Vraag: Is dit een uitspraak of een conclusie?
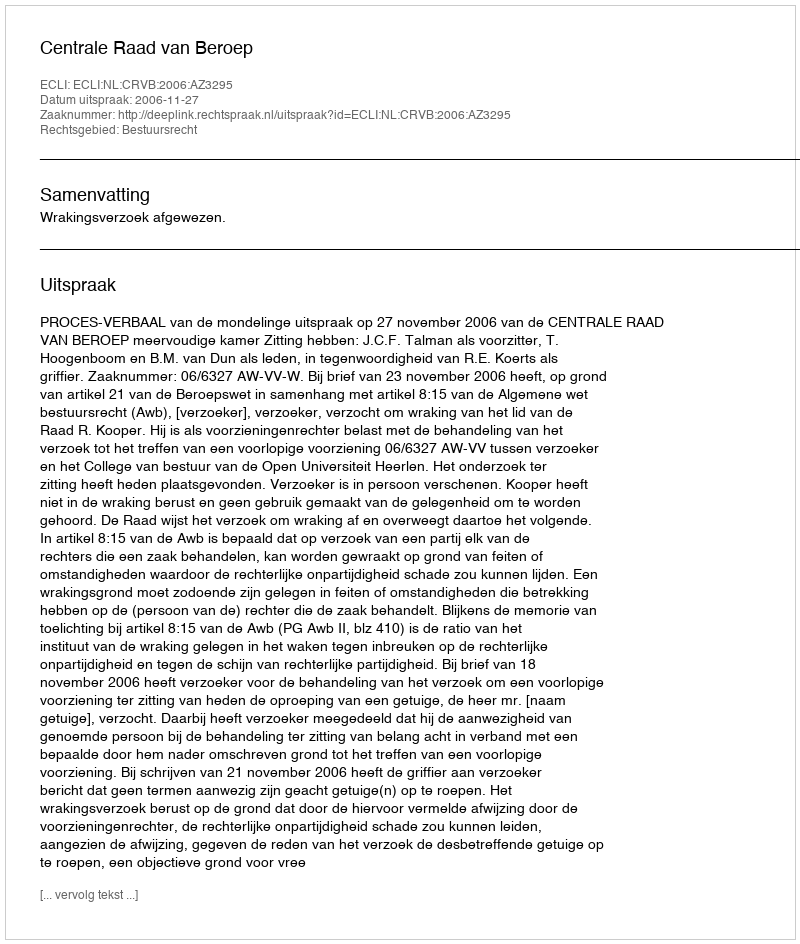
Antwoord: Uitspraak